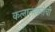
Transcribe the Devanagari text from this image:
कलात्मकतेची